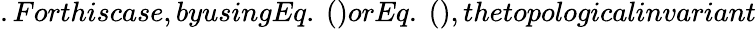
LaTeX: .Forthiscase,byusingEq.~()orEq.~(),thetopologicalinvariant